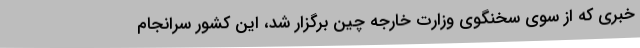
خبری که از سوی سخنگوی وزارت خارجه چین برگزار شد، این کشور سرانجام